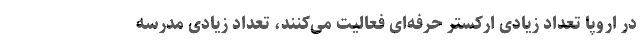
در اروپا تعداد زیادی ارکستر حرفه‌ای فعالیت می‌کنند، تعداد زیادی مدرسه